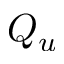
Q _ { u }